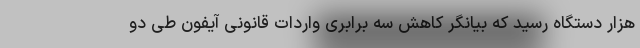
هزار دستگاه رسید که بیانگر کاهش سه برابری واردات قانونی آیفون طی دو